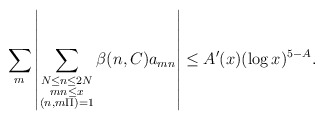
\begin{align*}\sum_{m}\left|\sum_{\substack{N\leq n\leq 2N \\ mn\leq x \\ (n, m\Pi) = 1}}\beta(n, C)a_{mn}\right|\leq A'(x)(\log x)^{5-A}.\end{align*}